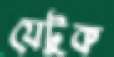
যেটুক